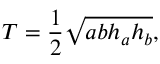
T = { \frac { 1 } { 2 } } { \sqrt { a b h _ { a } h _ { b } } } ,